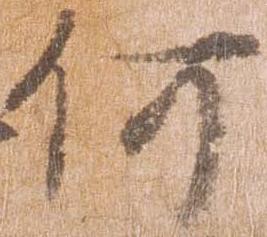
何